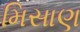
મિસાણ